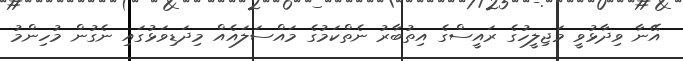
އޭނާ ވިދާޅުވީ މަޖިލީހުގެ ރައީސްގެ އިތުބާރު ނެތްކަމުގެ މައްސަލައެއް މިދަޑިވަޅުގައި ނެގުން މުހިންމު